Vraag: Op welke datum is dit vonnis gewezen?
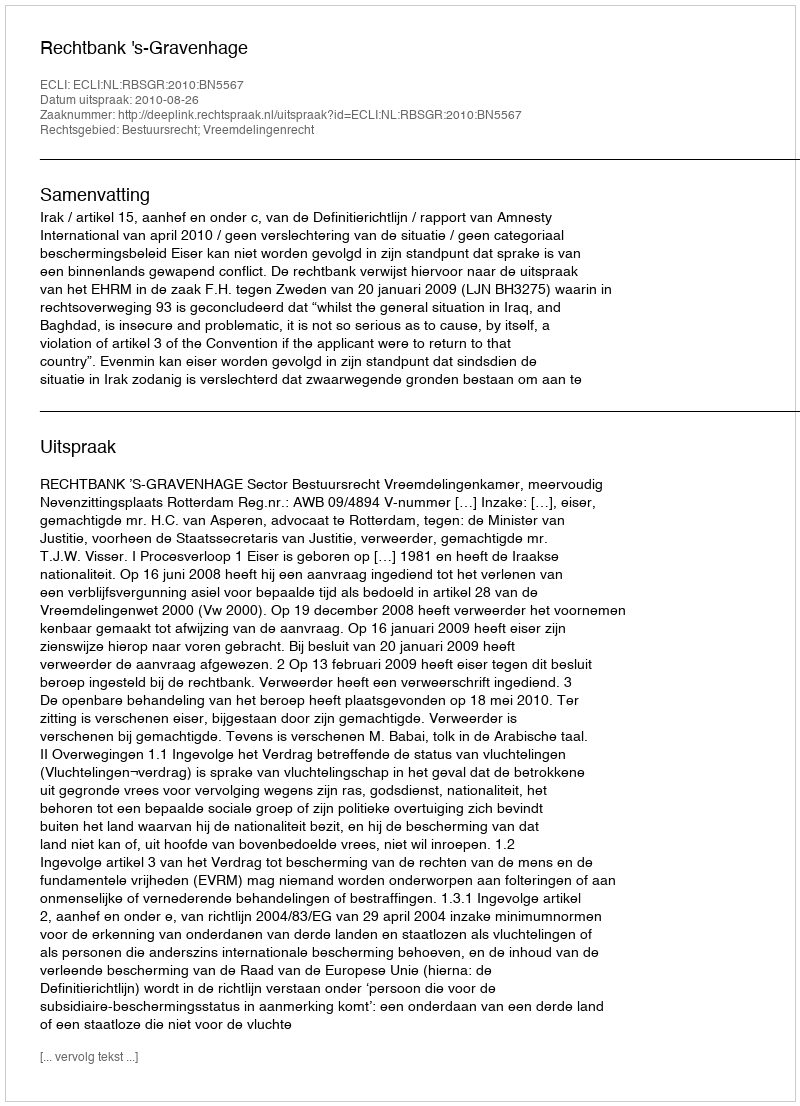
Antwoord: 2010-08-26